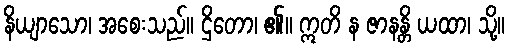
နိယျာသော၊ အစေးသည်။ ဌိတော၊ ၏။ ဣတိ န ဇာနန္တိ ယထာ၊ သို့။